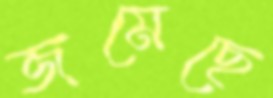
জমেছে